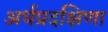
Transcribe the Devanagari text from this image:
अर्धप्रदक्षिणा